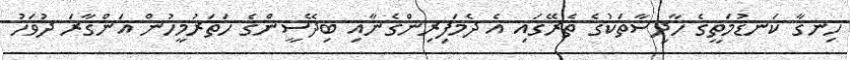
ހިނގާ ކަނޑުމަތީގެ ހާދިސާތަކުގެ ތެރޭގައި އެ ދެމަފިރިންގެނާއި ބިދޭސީންގެ ހަތަރުމީހުން އަންގާރަ ދުވަހު